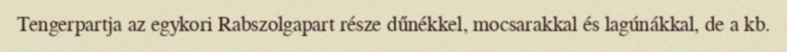
Tengerpartja az egykori Rabszolgapart része dűnékkel, mocsarakkal és lagúnákkal, de a kb.